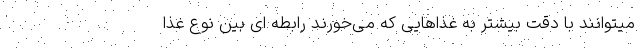
میتوانند با دقت بیشتر به غذاهایی که می‌خورند رابطه ای بین نوع غذا